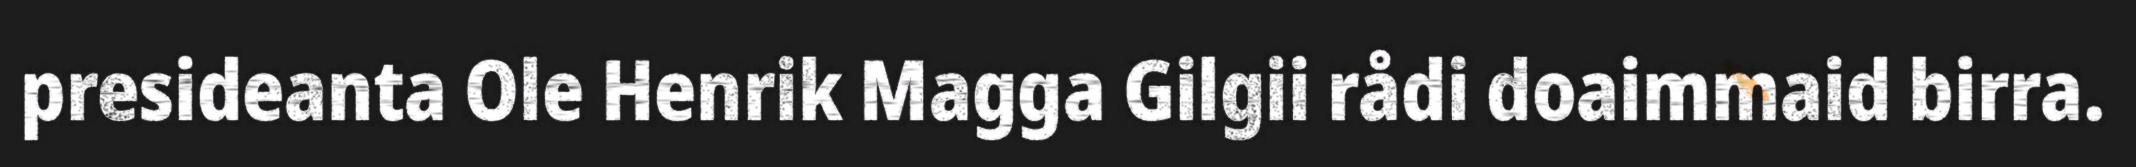
presideanta Ole Henrik Magga Gilgii rådi doaimmaid birra.